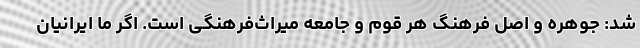
شد: جوهره و اصل فرهنگ هر قوم و جامعه میراث‌فرهنگی است. اگر ما ایرانیان